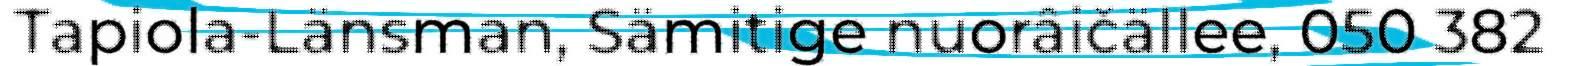
Tapiola-Länsman, Sämitige nuorâičällee, 050 382